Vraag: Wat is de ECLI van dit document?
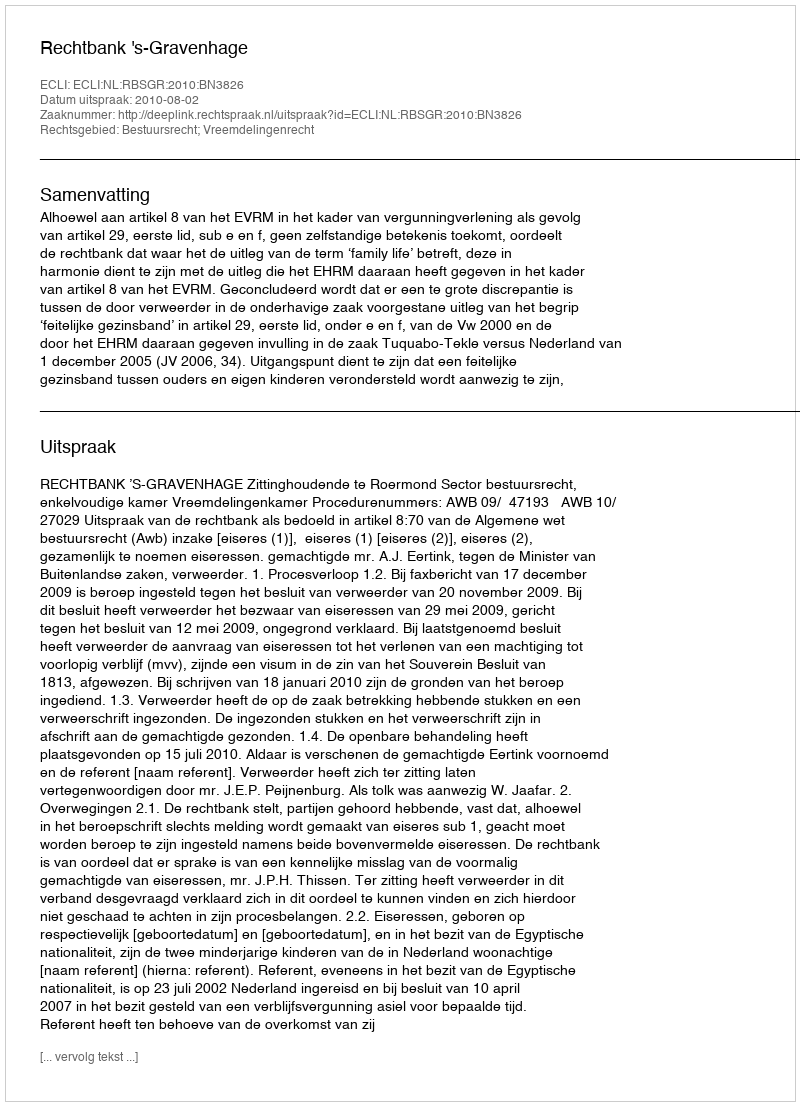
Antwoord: ECLI:NL:RBSGR:2010:BN3826